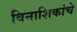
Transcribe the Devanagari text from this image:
विनाशिकांचे